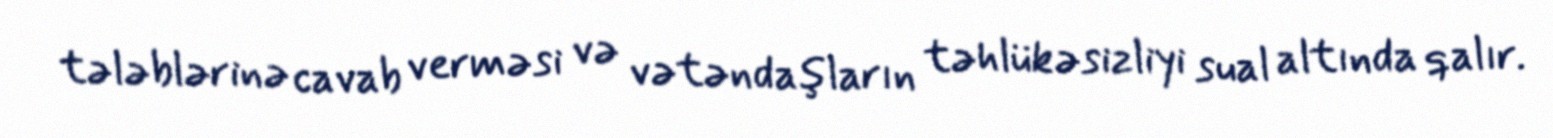
tələblərinə cavab verməsi və vətəndaşların təhlükəsizliyi sual altında qalır.